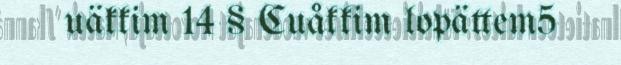
uäkkim 14 § Cuåkkim lopättem5